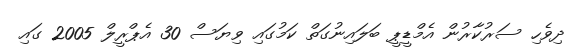
ދިވެހި ސަރުކާރުން އެމްޑީޕީ ބަލައިނުގަތް ކަމުގައި ވިޔަސް 30 އެޕްރީލް 2005 ގައި